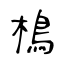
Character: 樢